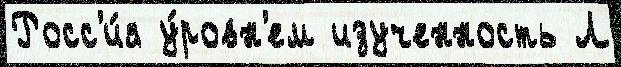
Росс'и́я у́ровн'ем изученность Л